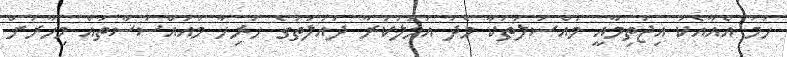
ހަމަ އެއާއެކު އިޖުތިމާއީ މައްސަލަތަކާ މެދު އަމަލުކުރާ ދައުލަތުގެ ހުރިހާ މުއައްސަސާތައް މިހާރަށް